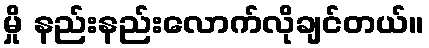
မှို နည်းနည်းလောက်လိုချင်တယ်။